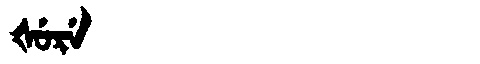
Manchu: ᡧᡠᡵᡝ
Romanization: ŠURE